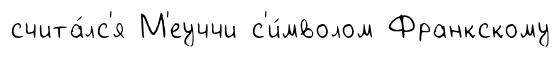
счита́лс'я М'еуччи с'и́мволом Франкскому